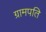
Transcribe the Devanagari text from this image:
ग्रामपति